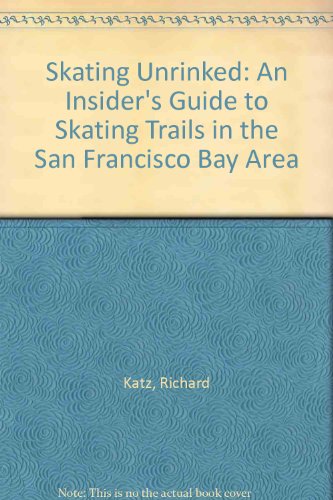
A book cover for Skating Unrinked: An Insider's Guide to Skating Trails in the San Francisco Bay Area; Richard Katz; Sports & Outdoors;